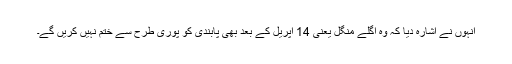
انہوں نے اشارہ دیا کہ وہ اگلے منگل یعنی 14 اپریل کے بعد بھی پابندی کو پوری طرح سے ختم نہیں کریں گے۔